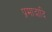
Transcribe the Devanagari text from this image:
प्रमादादि